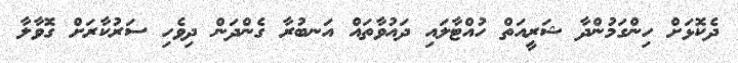
ދެކޮޅަށް ހިންގަމުންދާ ޝަރީއަތް ހުއްޓާލައި ދައުވާތައް އަނބުރާ ގެންދަން ދިވެހި ސަރުކާރަށް ގޮވާލާ